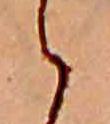
ら